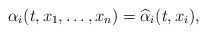
\begin{align*}\alpha_i(t,x_1,\ldots,x_n) = \widehat\alpha_i(t,x_i),\end{align*}